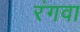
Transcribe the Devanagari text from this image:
रंगवा